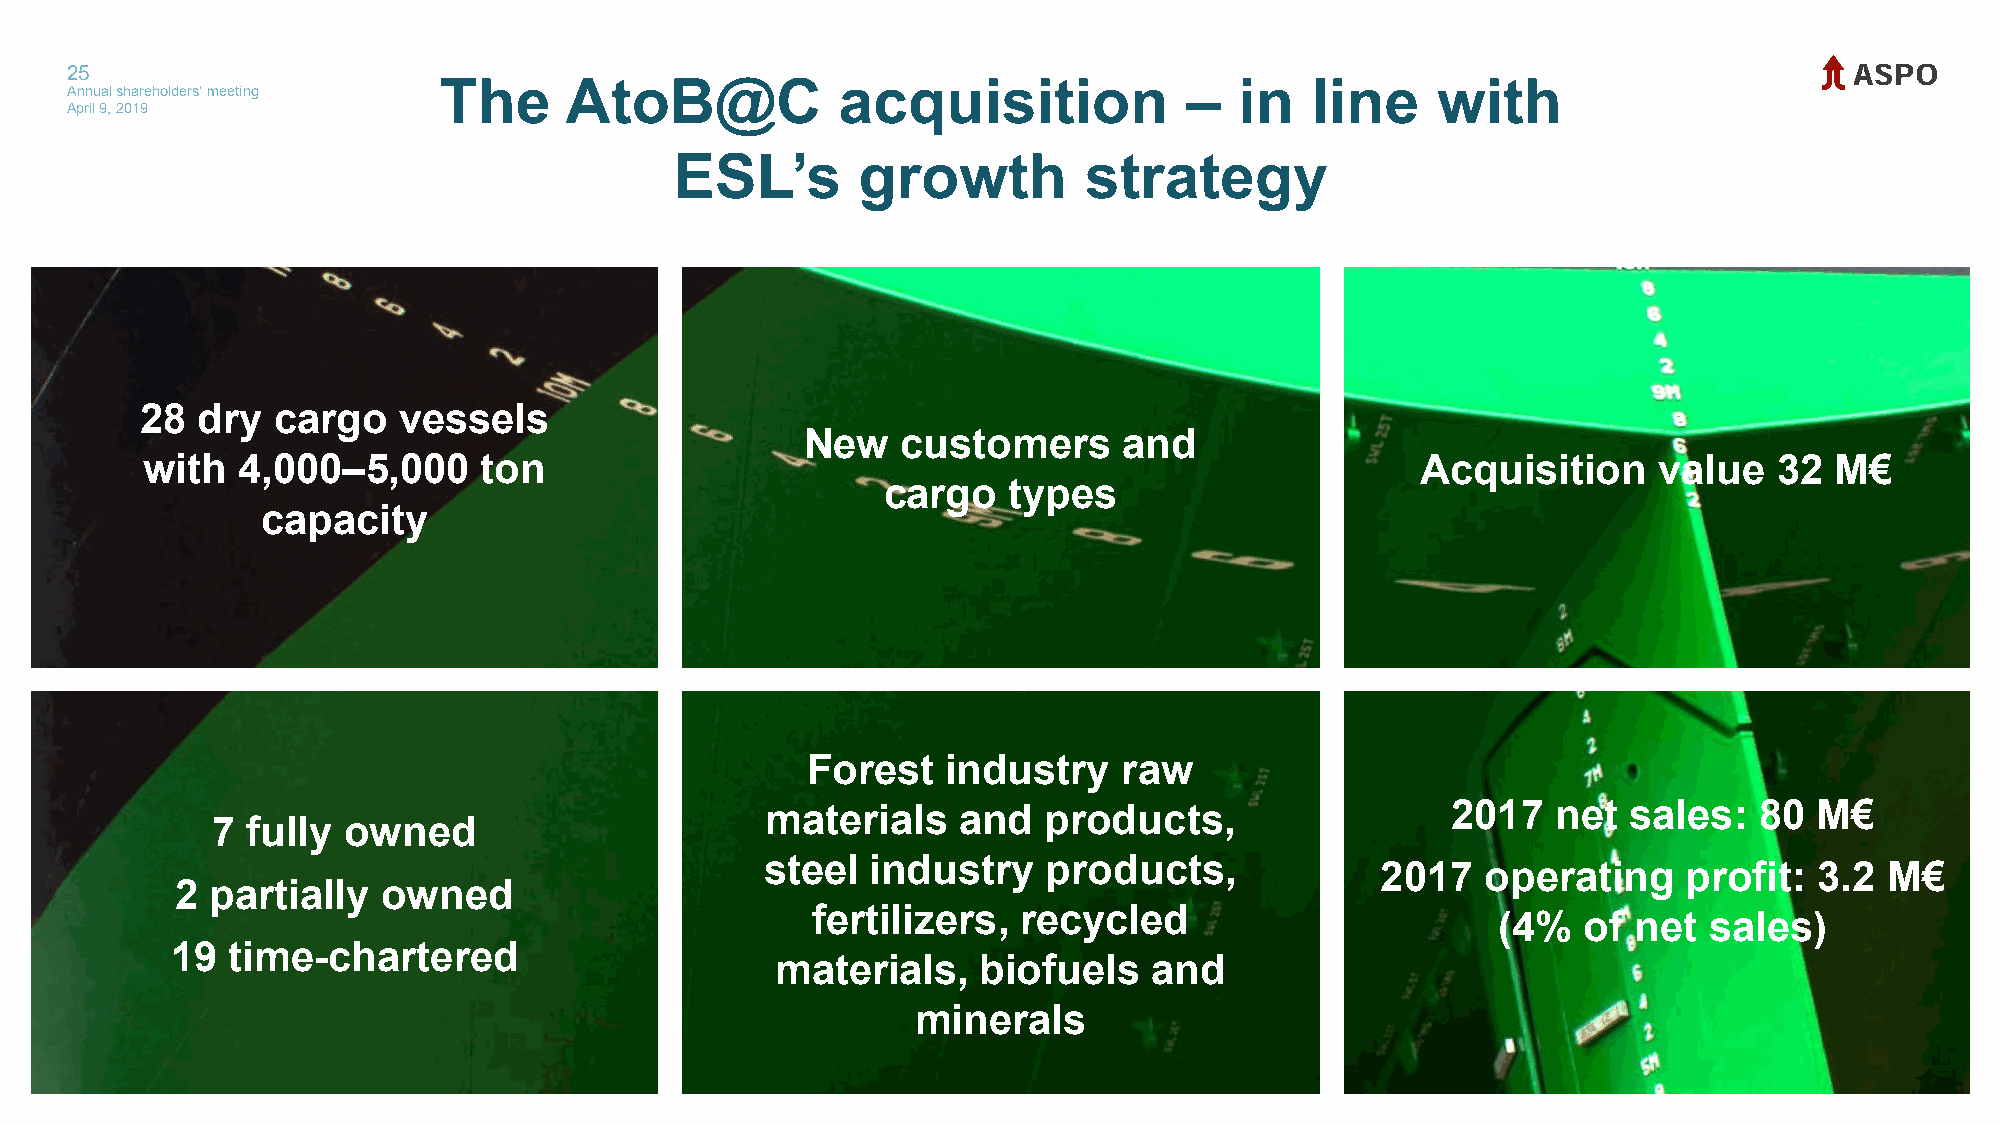
25
 Annual shareholders' meeting The AtoB@C            acquisition             –  in   line    with
 April 9, 2019
 ESL’s       growth         strategy
 28  dry  cargo   vessels
 New    customers     and
 with   4,000–5,000     ton                                                           Acquisition     value   32 M€
 cargo    types
 capacity
 Forest    industry   raw
 materials   and   products,                  2017   net  sales:  80  M€
 7 fully  owned
 steel  industry   products,
 2017   operating     profit: 3.2  M€
 2 partially  owned
 fertilizers, recycled
 (4%   of net  sales)
 19  time-chartered
 materials,    biofuels   and
 minerals